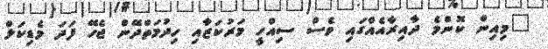
"މިއިން ކޮންމެ ދާއިރާއެއްގައި ވެސް ސިއްހީ މަރުކަޒާއި ހިދުމަތްދޭން ޖެހޭ ފަދަ މެޑިކަލް